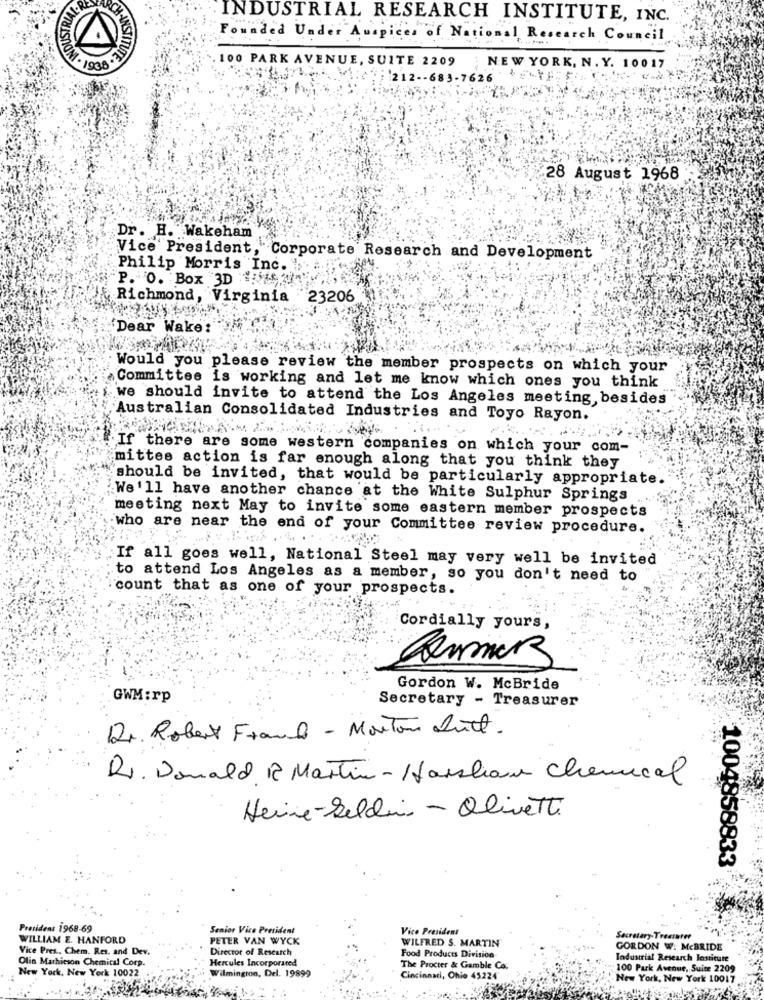
DUSTRIA
INDUSTRIAL RESEARCH INSTITUTE, INC.
Founded Under Auspices of National Research Council
CH-INSTITUTE
100 PARK AVENUE, SUITE 2209
1 . 1938 .2
NEW YORK, N . Y. 10017
212 -- 683-7626
28 August 1968
Dr. H. Wakeham
Vice President,"
. Corporate Research and Development
Philip Morris Inc. !:
P. O. Box 3D :19 3/
Richmond, Virginia 23206
Dear Wake:
Would you please review the member prospects on which your
Committee is working and let me know which ones you think
we should invite to attend the Los Angeles meeting, besides
Australian Consolidated Industries and Toyo Rayon.
If there are some western companies on which your com-
mittee action is far enough along that you think they
should be invited, that would be particularly appropriate.
We'll have another chance at the White Sulphur Springs
meeting next May to invite some eastern member prospects
who are near the end of your Committee review procedure.
If all goes well, National Steel may very well be invited
to attend Los Angeles as a member, so you don't need to
count that as one of your prospects.
Cordially yours,
Gordon W. McBride
GWM :rp
Secretary - Treasurer
Dr. Robert Frank - Morton Dritt.
Rx. Donald 1 Martin- Harsham Chemical
Heine-Seldi - Olivetti
1004858833
President 1968-69
Senior Vice President
Vice President
WILLIAM E. HANFORD
PETER VAN WYCK
WILFRED S. MARTIN
Secretary-Treasurer
Vice Pres ., Chem. Res. and Dev.
Director of Research
GORDON W. McBRIDE
Olin Mathieson Chemical Corp.
Hercules Incorporated
Food Products Division-
Industrial Research Institute
The Procter & Gamble Co.
100 Park Avenue, Suite 2209
New York, New York 10022
mington, Del. 19899
Cincinnati, Ohio 45224
New York, New York 10017